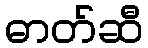
ဓာတ်ဆီ